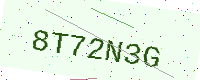
Text: 8T72N3G